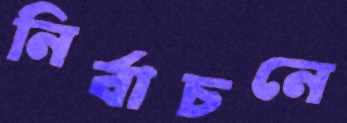
নির্বাচনে